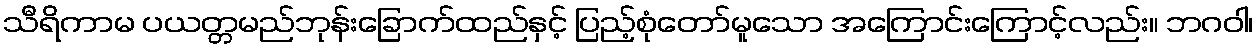
သီရိကာမ ပယတ္တမည်ဘုန်းခြောက်ထည်နှင့် ပြည့်စုံတော်မူသော အကြောင်းကြောင့်လည်း။ ဘဂဝါ၊